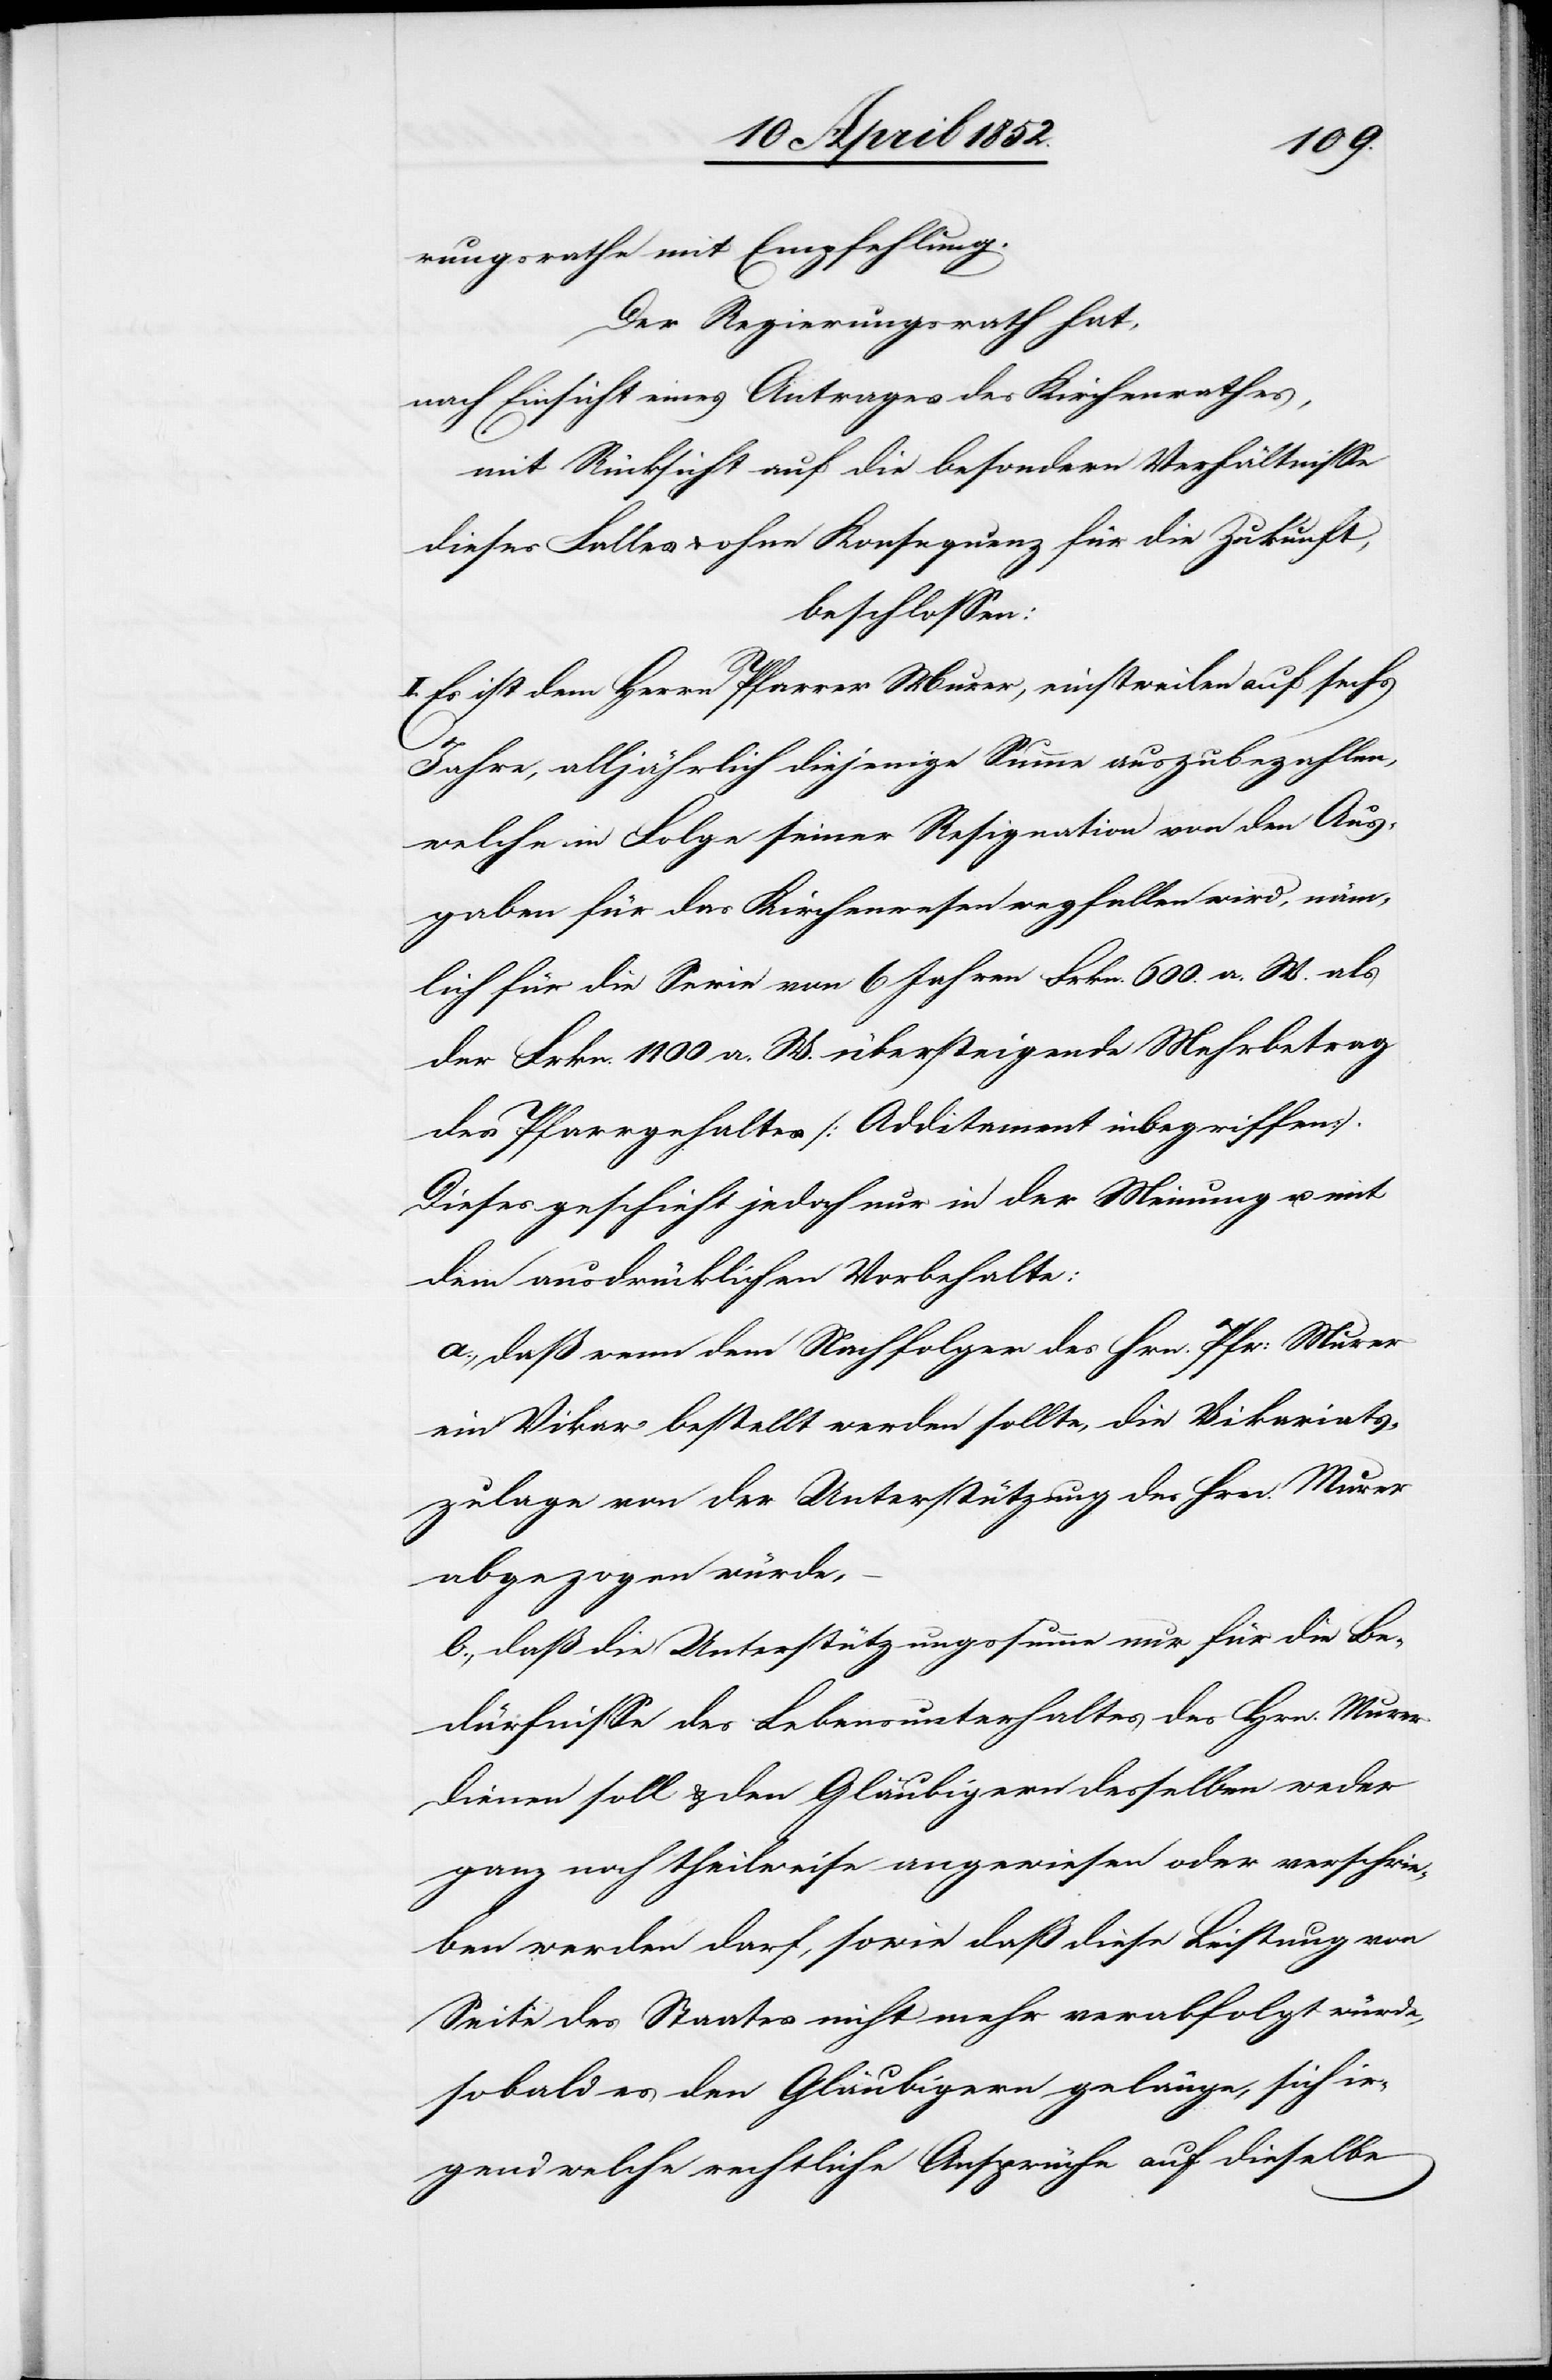
rungsrathe mit Empfehlung.
Der Regierungsrath hat,
nach Einsicht eines Antrages des Kirchenrathes,
mit Rücksicht auf die besondern Verhältnisse
dieses Falles & ohne Konsequenz für die Zukunft,
beschlossen:
I. Es ist dem Herrn Pfarrer Murer, einstweilen auf sechs
Jahre, alljährlich diejenige Summe auszubezahlen,
welche in Folge seiner Resignation von den Aus¬
gaben für das Kirchenwesen wegfallen wird, näm¬
lich für die Serie von 6 Jahren Frkn. 600. a. W. als
der Frkn. 1100 a. W. übersteigende Mehrbetrag
des Pfarrgehaltes [Additament inbegriffen].
Dieses geschieht jedoch nur in der Meinung u. mit
dem ausdrücklichen Vorbehalte:
a., daß wenn dem Nachfolger des Hrn. Pfr: Murer
ein Vikar bestellt werden sollte, die Vikariats¬
zulage von der Unterstützung des Hrn. Murer
abgezogen würde,
b., daß die Unterstützungssumme nur für die Be¬
dürfnisse des Lebensunterhaltes des Hrn. Murer
dienen soll & den Gläubigern desselben weder
ganz noch theilweise angewiesen oder verschrie¬
ben werden darf, sowie daß diese Leistung von
Seite des Staates nicht mehr verabfolgt würde,
sobald es den Gläubigern gelänge, sich ir¬
gend welche rechtliche Ansprüche auf dieselbe